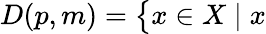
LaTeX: D(p,m)={\big\{ }x\in X\mid x